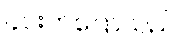
၄င်းကပြောသည်